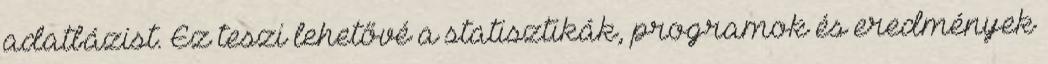
adatbázist. Ez teszi lehetővé a statisztikák, programok és eredmények